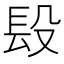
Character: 𨱚